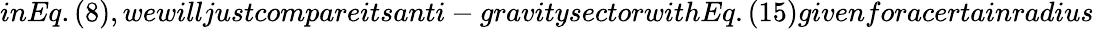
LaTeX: inEq.(8),wewilljustcompareitsanti-gravitysectorwithEq.(15)givenforacertainradius